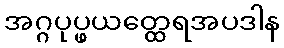
အဂ္ဂပုပ္ဖယတ္ထေရအပဒါန